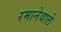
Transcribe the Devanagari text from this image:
रमानेवाले